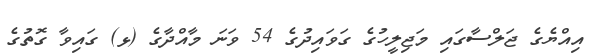
އިއްޔެގެ ޖަލްސާގައި މަޖިލީހުގެ ގަވައިދުގެ 54 ވަނަ މާއްދާގެ (ޅ) ގައިވާ ގޮތުގެ